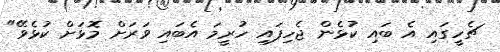
ޗެހީގައި އެ ބައި ކުޅެން ޖެހިފައި ހުރީމަ އެބައި ވަރަށް މޮޅަށް ކުޅެވޭ"